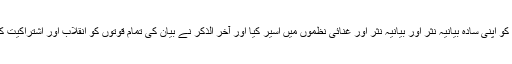
ا ول نے حقیقت کے ہیجان انگیز روپ کو اپنی سادہ بیانیہ نثر اور بیانیہ نثر اور غنائی نظموں میں اسیر کیا اور آخر الذکر نے بیان کی تمام قوتوں کو انقلاب اور اشتراکیت کے تعمیری پروگرام کے سپرد کر دیا۔